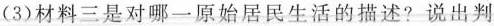
(3)材料三是对哪一原始居民生活的描述?说出判